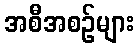
အစီအစဉ်များ